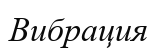
Вибрация